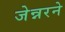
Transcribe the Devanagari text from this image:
जेन्नरने